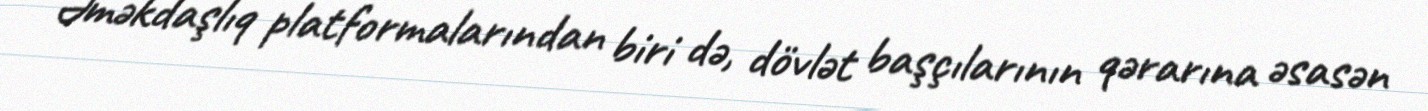
Əməkdaşlıq platformalarından biri də, dövlət başçılarının qərarına əsasən